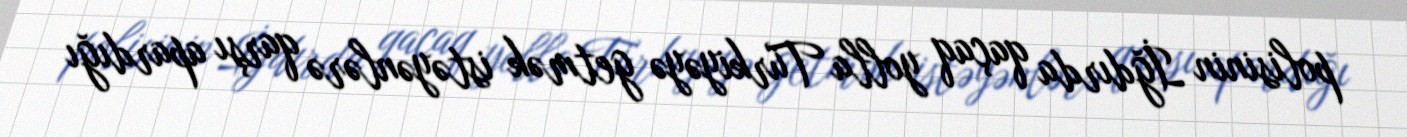
polisinin İğdırda qaçaq yolla Türkiyəyə getmək istəyənlərə qarşı apardığı